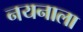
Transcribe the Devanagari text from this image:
नयनाला